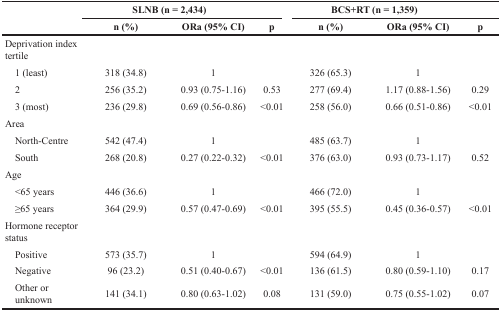
| <ROWSPAN=2>  | <COLSPAN=3> SLNB (n = 2,434) | <COLSPAN=3> BCS+RT (n = 1,359) |
 | n (%) | ORa (95% CI) | p | n (%) | ORa (95% CI) | p |
 | --- | --- | --- | --- | --- | --- | --- |
 | Deprivation index tertile |  |  |  |  |  |  |
 | 1 (least) | 318 (34.8) | 1 |  | 326 (65.3) | 1 |  |
 | 2 | 256 (35.2) | 0.93 (0.75-1.16) | 0.53 | 277 (69.4) | 1.17 (0.88-1.56) | 0.29 |
 | 3 (most) | 236 (29.8) | 0.69 (0.56-0.86) | <0.01 | 258 (56.0) | 0.66 (0.51-0.86) | <0.01 |
 | Area |  |  |  |  |  |  |
 | North-Centre | 542 (47.4) | 1 |  | 485 (63.7) | 1 |  |
 | South | 268 (20.8) | 0.27 (0.22-0.32) | <0.01 | 376 (63.0) | 0.93 (0.73-1.17) | 0.52 |
 | Age |  |  |  |  |  |  |
 | <65 years | 446 (36.6) | 1 |  | 466 (72.0) | 1 |  |
 | ≥65 years | 364 (29.9) | 0.57 (0.47-0.69) | <0.01 | 395 (55.5) | 0.45 (0.36-0.57) | <0.01 |
 | Hormone receptor status |  |  |  |  |  |  |
 | Positive | 573 (35.7) | 1 |  | 594 (64.9) | 1 |  |
 | Negative | 96 (23.2) | 0.51 (0.40-0.67) | <0.01 | 136 (61.5) | 0.80 (0.59-1.10) | 0.17 |
 | Other or unknown | 141 (34.1) | 0.80 (0.63-1.02) | 0.08 | 131 (59.0) | 0.75 (0.55-1.02) | 0.07 |